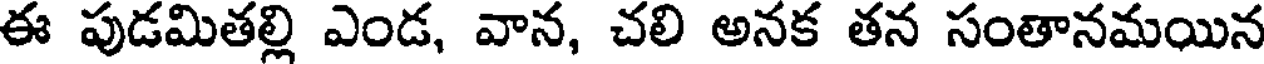
ఈ పుడమితల్లి ఎండ, వాన, చలి అనక తన సంతానమయిన